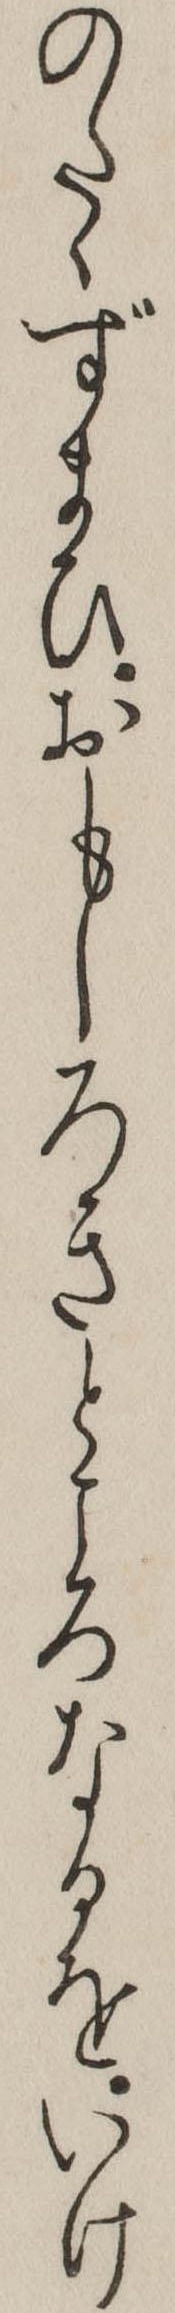
のたゝずまひおもしろきところなるをいけ